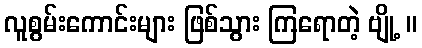
လူစွမ်းကောင်းများ ဖြစ်သွား ကြရောတဲ့ ဗျို့ ။